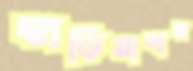
হাড়িয়াদাহ